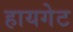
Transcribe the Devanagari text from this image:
हायगेट